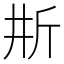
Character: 𣂗